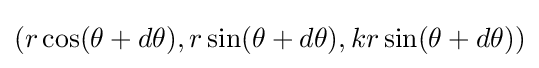
(r\cos(\theta +d\theta ),r\sin(\theta +d\theta ),kr\sin(\theta +d\theta ))